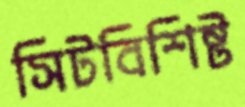
সিটবিশিষ্ট